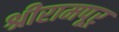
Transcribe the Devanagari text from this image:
श्रीरामपूर्